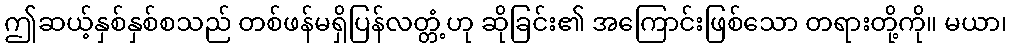
ဤဆယ့်နှစ်နှစ်စသည် တစ်ဖန်မရှိပြန်လတ္တံ့ဟု ဆိုခြင်း၏ အကြောင်းဖြစ်သော တရားတို့ကို။ မယာ၊